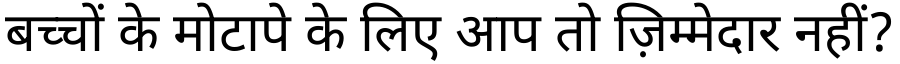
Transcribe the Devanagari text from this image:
बच्चों के मोटापे के लिए आप तो ज़िम्मेदार नहीं?